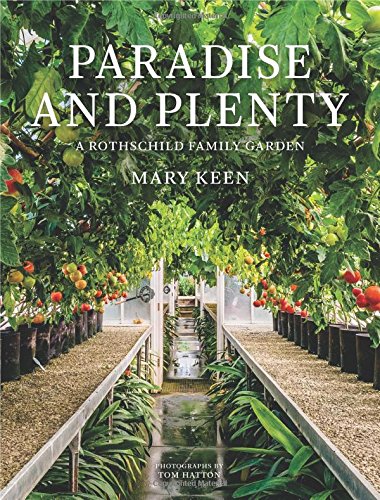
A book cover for Paradise and Plenty: A Rothschild Family Garden; Mary Keen; Arts & Photography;